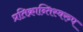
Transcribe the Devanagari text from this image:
प्रतिक्रान्तिस्वरुप